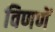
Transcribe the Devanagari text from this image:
विणणें